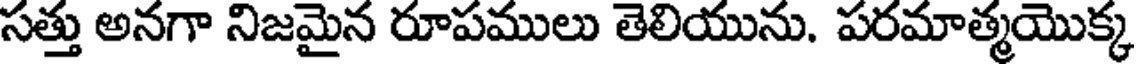
సత్తు అనగా నిజమైన రూపములు తెలియును. పరమాత్మయొక్క